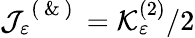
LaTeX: \mathcal{J}_{\varepsilon}^{\mathrm{~(~\& ~)~}}=\mathcal{K}_{\varepsilon}^{(2)}/2